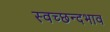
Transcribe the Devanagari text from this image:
स्वच्छन्दभाव